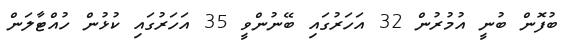
ބުފޮން ބުނީ އުމުރުން 32 އަހަރުގައި ބޭނުންވީ 35 އަހަރުގައި ކުޅުން ހުއްޓާލަން